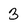
Character: 3